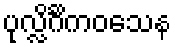
ပုလ္လိင်္ဂိကဝသေန